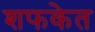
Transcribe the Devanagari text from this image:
शफकेत